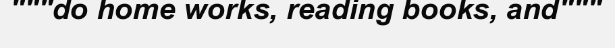
"""do home works, reading books, and"""